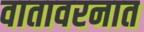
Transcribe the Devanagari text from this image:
वातावरनात